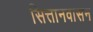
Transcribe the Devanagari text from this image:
सित्तानवासन